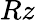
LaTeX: Rz